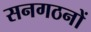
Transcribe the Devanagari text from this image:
सनगठनों